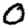
Digit: 0